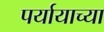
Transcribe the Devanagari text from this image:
पर्यायाच्या